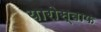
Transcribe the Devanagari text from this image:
यारोस्वाफ